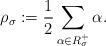
LaTeX: \begin{align*}\rho_{\sigma} := \frac{1}{2}\sum_{\alpha \in R^+_{\sigma}} \alpha.\end{align*}